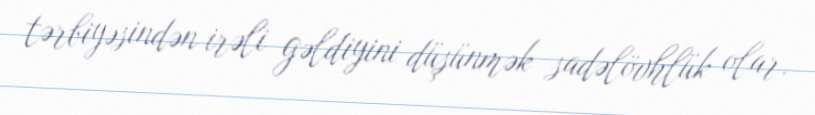
tərbiyəsindən irəli gəldiyini düşünmək sadəlövhlük olar.